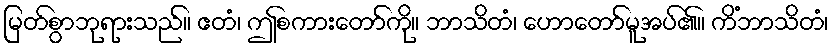
မြတ်စွာဘုရားသည်။ ဧတံ၊ ဤစကားတော်ကို။ ဘာသိတံ၊ ဟောတော်မူအပ်၏။ ကိံဘာသိတံ၊